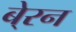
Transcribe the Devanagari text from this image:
बे्रन